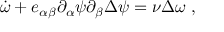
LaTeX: \dot { \omega } + e _ { \alpha \beta } \partial _ { \alpha } \psi \partial _ { \beta } \Delta \psi = \nu \Delta \omega \ ,